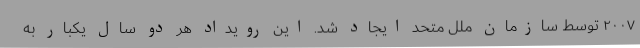
۲۰۰۷ توسط سازمان ملل متحد ایجاد شد. این رویداد هر دو سال یکبار به